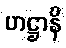
ဟဋ္ဌာနိ